Indian journal of veterinary science and animal husbandry - Volume 6,
Year: 1936
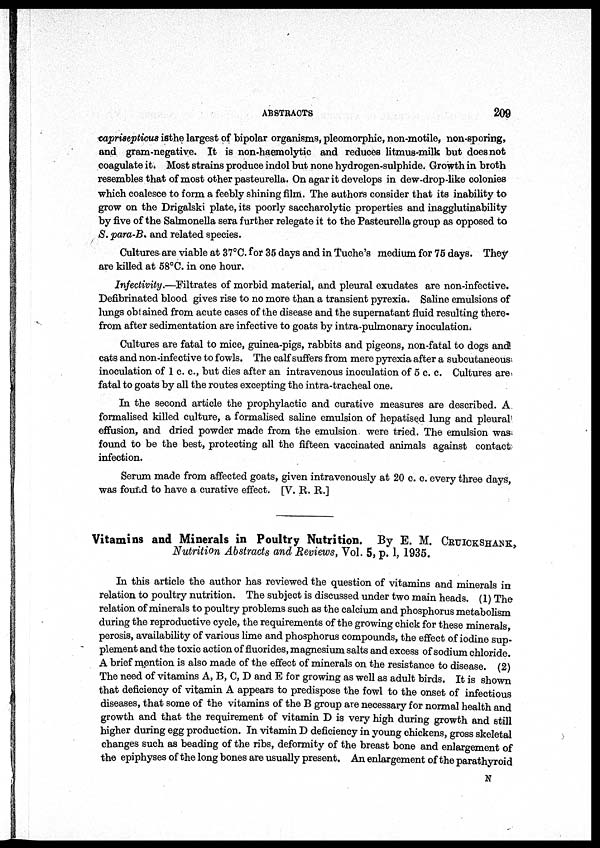
ABSTRACTS
209
caprisepticus is the largest of bipolar organisms, pleomorphic, non-motile, non-sporing,
and gram-negative. It is non-haemolytic and reduces litmus-milk but does not
coagulate it. Most strains produce indol but none hydrogen-sulphide. Growth in broth
resembles that of most other pasteurella. On agar it develops in dew-drop-like colonies
which coalesce to form a feebly shining film. The authors consider that its inability to
grow on the Drigalski plate, its poorly saccharolytic properties and inagglutinability
by five of the Salmonella sera further relegate it to the Pasteurella group as opposed to
S. para-B. and related species.
Cultures are viable at 37°C. for 35 days and in Tuche's medium for 75 days. They
are killed at 58°C. in one hour.
Infectivity.—Filtrates of morbid material, and pleural exudates are non-infective.
Defibrinated blood gives rise to no more than a transient pyrexia. Saline emulsions of
lungs obtained from acute cases of the disease and the supernatant fluid resulting there-
from after sedimentation are infective to goats by intra-pulmonary inoculation.
Cultures are fatal to mice, guinea-pigs, rabbits and pigeons, non-fatal to dogs and
cats and non-infective to fowls. The calf suffers from mere pyrexia after a subcutaneous
inoculation of 1 c. c., but dies after an intravenous inoculation of 5 c. c. Cultures are
fatal to goats by all the routes excepting the intra-tracheal one.
In the second article the prophylactic and curative measures are described. A
formalised killed culture, a formalised saline emulsion of hepatised lung and pleural
effusion, and dried powder made from the emulsion were tried. The emulsion was
found to be the best, protecting all the fifteen vaccinated animals against contact
infection.
Serum made from affected goats, given intravenously at 20 c. c. every three days,
was found to have a curative effect. [V. R. R.]
Vitamins and Minerals in Poultry Nutrition. By E. M. CRUICKSHANK,
Nutrition Abstracts and Reviews, Vol. 5, p. 1, 1935.
In this article the author has reviewed the question of vitamins and minerals in
relation to poultry nutrition. The subject is discussed under two main heads. (1) The
relation of minerals to poultry problems such as the calcium and phosphorus metabolism
during the reproductive cycle, the requirements of the growing chick for these minerals,
perosis, availability of various lime and phosphorus compounds, the effect of iodine sup-
plement and the toxic action of fluorides, magnesium salts and excess of sodium chloride.
A brief mention is also made of the effect of minerals on the resistance to disease. (2)
The need of vitamins A, B, C, D and E for growing as well as adult birds. It is shown
that deficiency of vitamin A appears to predispose the fowl to the onset of infectious
diseases, that some of the vitamins of the B group are necessary for normal health and
growth and that the requirement of vitamin D is very high during growth and still
higher during egg production. In vitamin D deficiency in young chickens, gross skeletal
changes such as beading of the ribs, deformity of the breast bone and enlargement of
the epiphyses of the long bones are usually present. An enlargement of the parathyroid
N